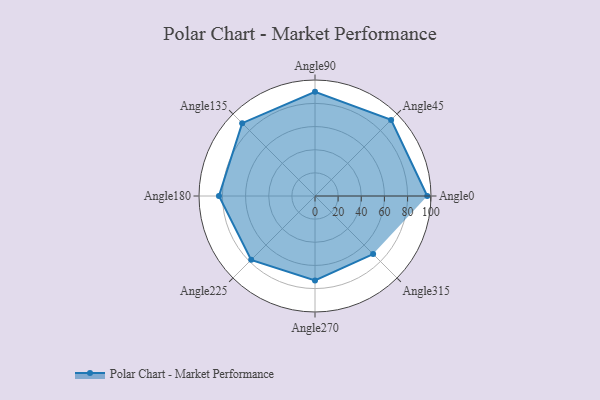
{"axis": {"x": "Angle", "y": "Radius"}, "legend": [""], "data": [{"x": "Angle0", "y": 97.0, "type": ""}, {"x": "Angle45", "y": 93.0, "type": ""}, {"x": "Angle90", "y": 90.0, "type": ""}, {"x": "Angle135", "y": 89.0, "type": ""}, {"x": "Angle180", "y": 83.0, "type": ""}, {"x": "Angle225", "y": 78.0, "type": ""}, {"x": "Angle270", "y": 73.0, "type": ""}, {"x": "Angle315", "y": 71.0, "type": ""}]}